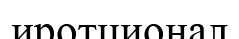
иротционал